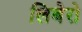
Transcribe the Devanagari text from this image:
लिबेरो